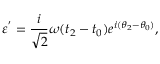
{ \varepsilon } ^ { ' } = \frac { i } { \sqrt { 2 } } { \omega } ( t _ { 2 } - t _ { 0 } ) e ^ { i ( { \theta } _ { 2 } - { \theta } _ { 0 } ) } ,